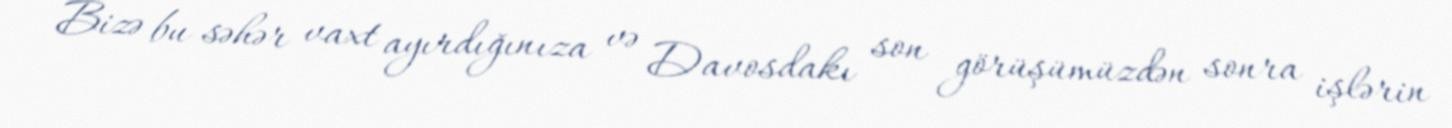
Bizə bu səhər vaxt ayırdığınıza və Davosdakı son görüşümüzdən sonra işlərin